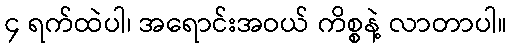
၄ ရက်ထဲပါ၊ အရောင်းအဝယ် ကိစ္စနဲ့ လာတာပါ။